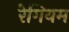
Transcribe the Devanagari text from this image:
रेगियम